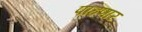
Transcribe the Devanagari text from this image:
पाहणार